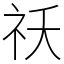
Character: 祅